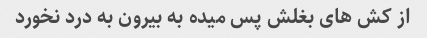
از کش های بغلش پس میده به بیرون به درد نخورد